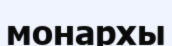
монархы